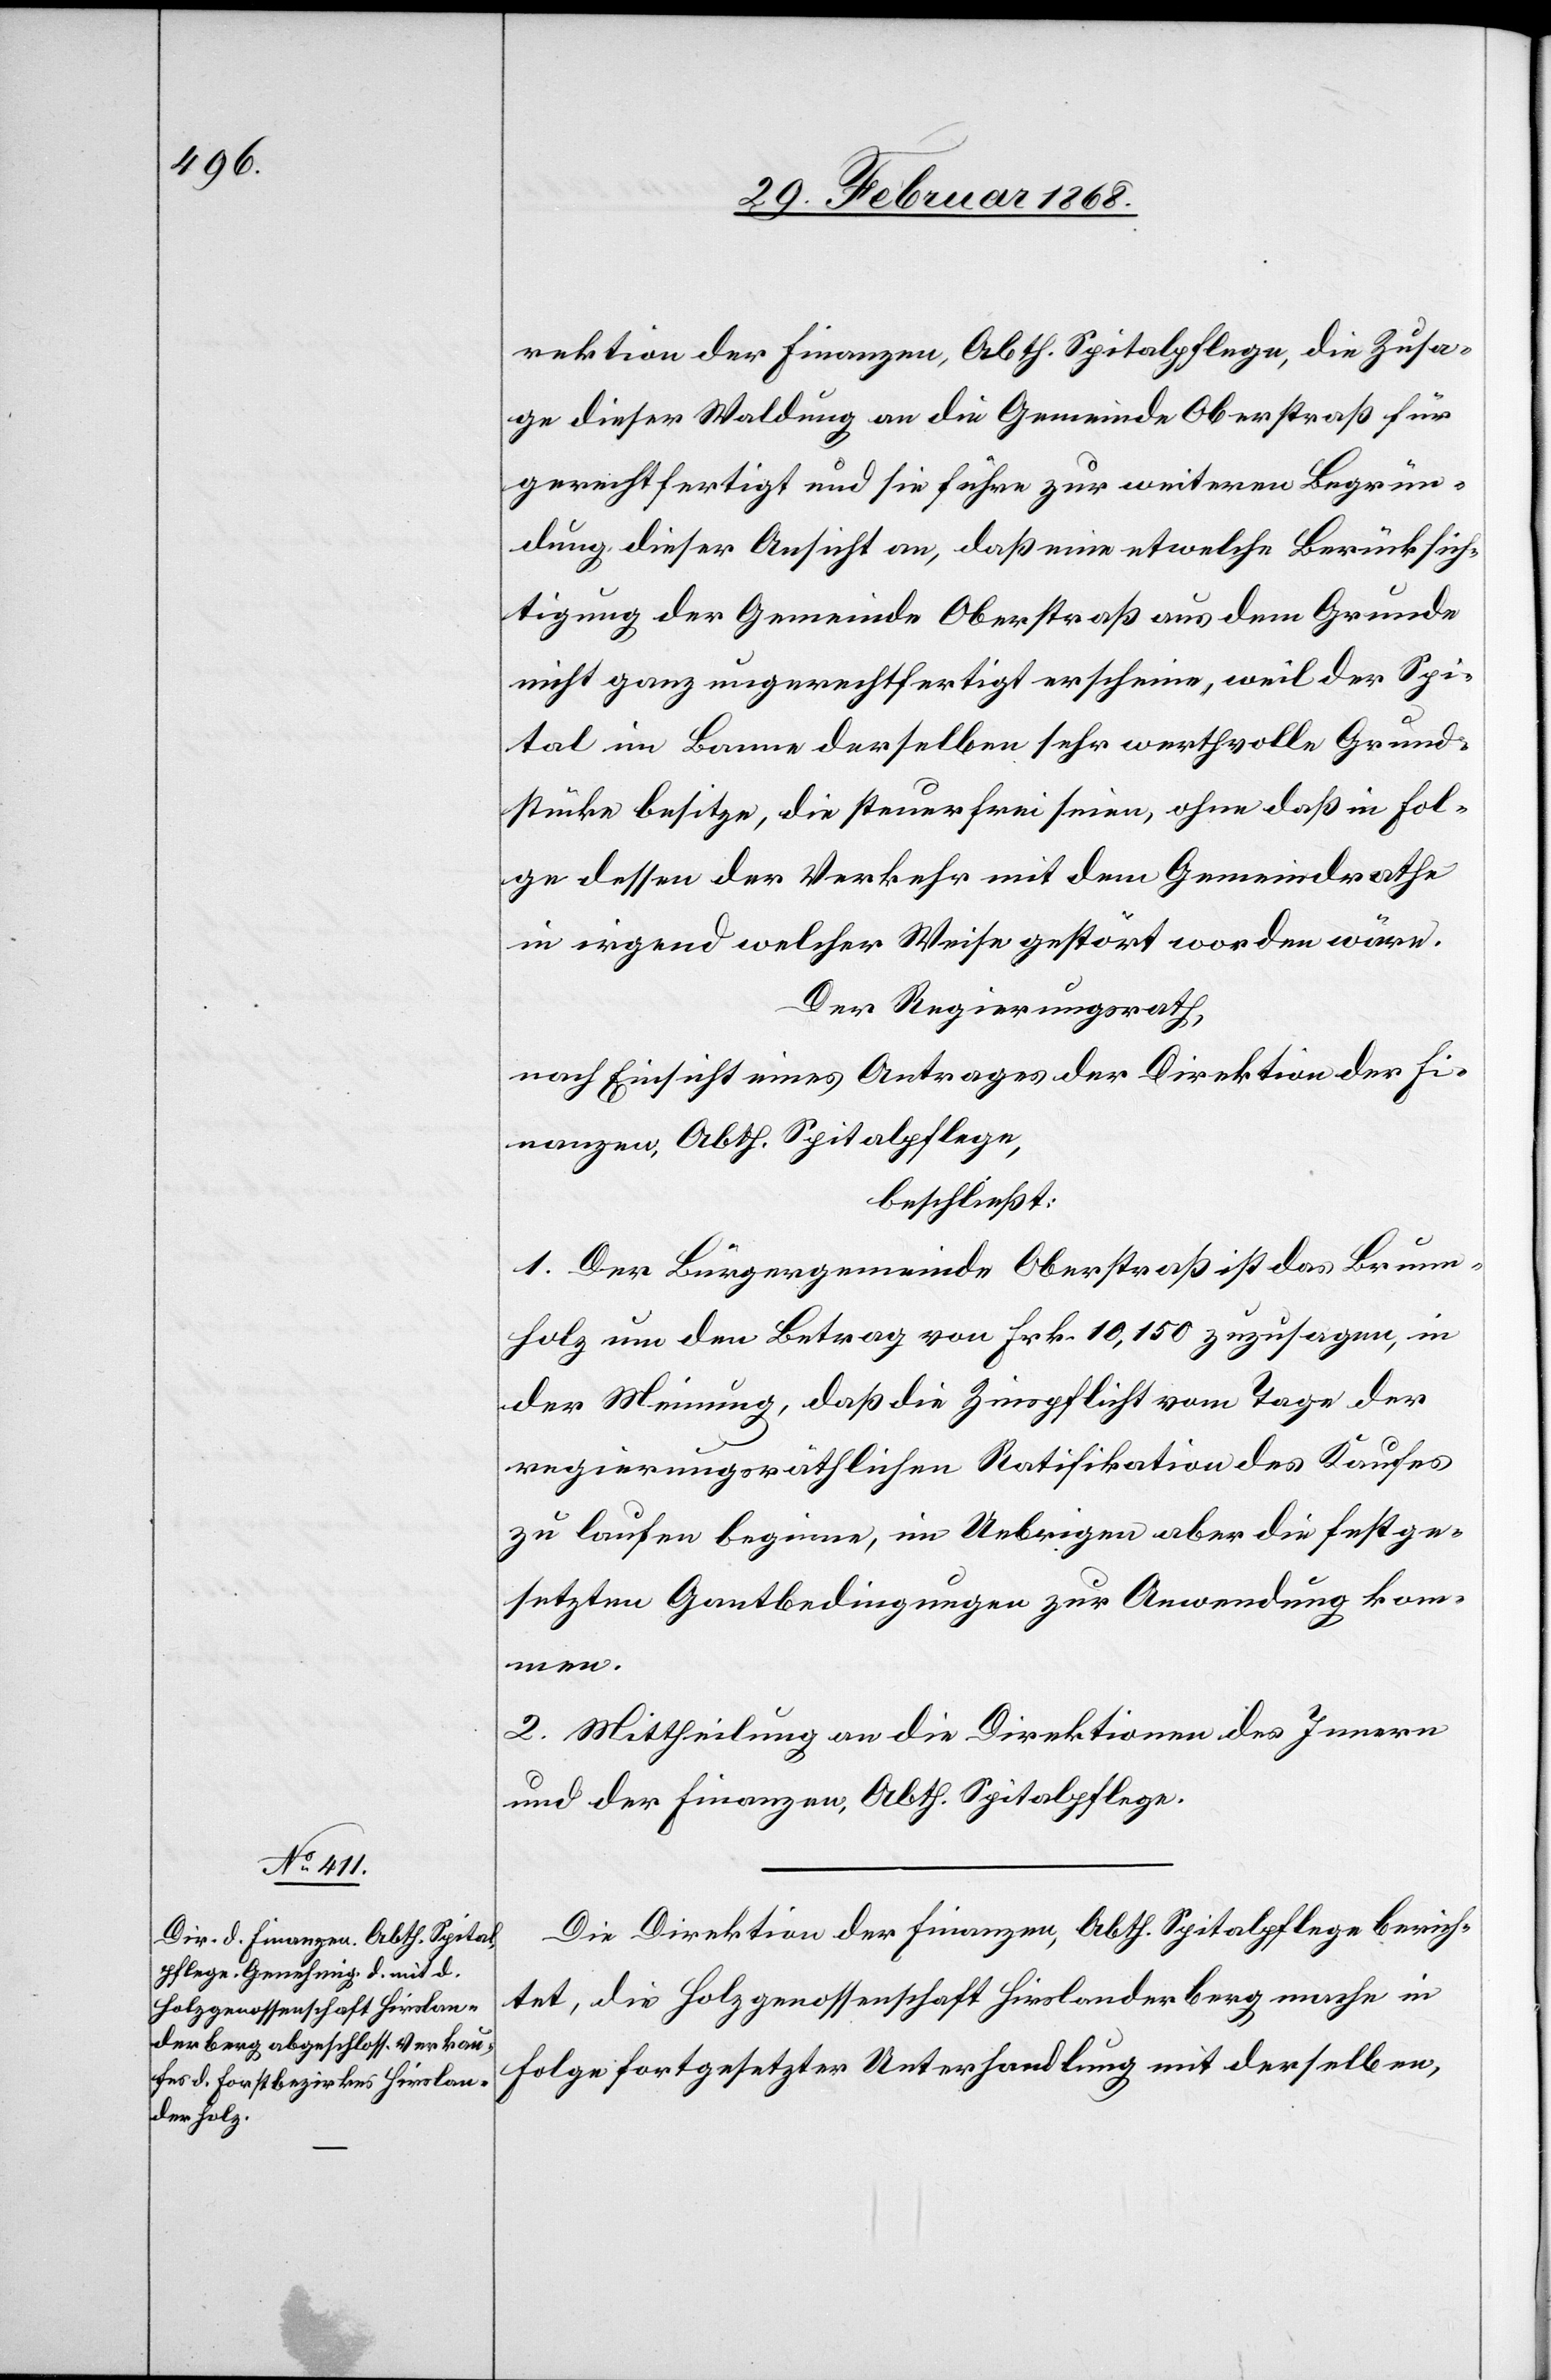
rektion der Finanzen, Abth. Spitalpflege, die Zusa¬
ge dieser Waldung an die Gemeinde Oberstraß für
gerechtfertigt und sie führe zur weiteren Begrün¬
dung dieser Ansicht an, daß eine etwelche Berücksich¬
tigung der Gemeinde Oberstraß aus dem Grunde
nicht ganz ungerechtfertigt erscheine, weil der Spi¬
tal im Banne derselben sehr werthvolle Grund¬
stücke besitze, die steuerfrei seien, ohne daß in Fol¬
ge dessen der Verkehr mit dem Gemeindrathe
in irgend welcher Weise gestört worden wäre.
Der Regierungsrath,
nach Einsicht eines Antrages der Direktion der Fi¬
nanzen, Abth. Spitalpflege,
beschließt:
1. Der Bürgergemeinde Oberstraß ist das Brunn¬
holz um den Betrag von Frk. 10,150 zuzusagen, in
der Meinung, daß die Zinspflicht vom Tage der
regierungsräthlichen Ratifikation des Kaufes
zu laufen beginne, im Uebrigen aber die festge¬
setzten Gantbedingungen zur Anwendung kom¬
men.
2. Mittheilung an die Direktionen des Innern
und der Finanzen, Abth. Spitalpflege.
Die Direktion der Finanzen, Abth. Spitalpflege berich¬
tet, die Holzgenossenschaft Hirslanderberg mache in
Folge fortgesetzter Unterhandlung mit derselben,